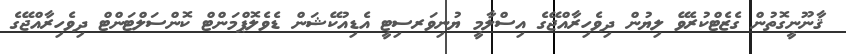
ޤާނޫނީގޮތުން ގެޒެޓްކުރެވޭ ލިޔުން ދިވެހިރާއްޖޭގެ އިސްލާމީ ޔުނިވަރސިޓީ އެޑިއުކޭޝަން ޑެވެލޮޕްމަންޓް ކޮންސަލްޓަންޓް ދިވެހިރާއްޖޭގެ